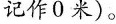
记作0米)。